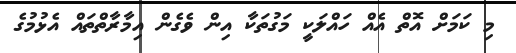
މި ކަމަށް އޮތް އެއް ހައްލަކީ މަގުތަކާ އިން ވެގެން އިމާރާތްތައް އެޅުމުގެ